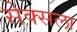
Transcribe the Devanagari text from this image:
सेक्सला